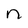
Character: n